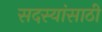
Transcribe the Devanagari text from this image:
सदस्यांसाठी